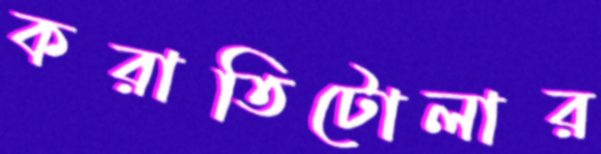
করাতিটোলার